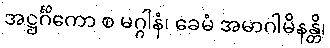
အဋ္ဌင်္ဂိကော စ မဂ္ဂါနံ၊ ခေမံ အမာဂါမိနန္တိ၊